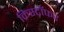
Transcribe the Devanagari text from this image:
क्रिस्टॉफर